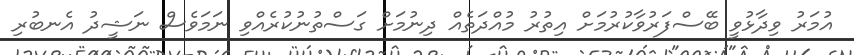
އުމަރު ވިދާޅުވީ ބޭސްފަރުވާކުރުމަށް އިތުރު މުއްދަތެއް ދިނުމަށް ގަސްތުނުކުރެއްވި ނަމަވެސް ނަޝީދު އެނބުރި